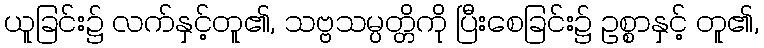
ယူခြင်း၌ လက်နှင့်တူ၏, သဗ္ဗသမ္ပတ္တိကို ပြီးစေခြင်း၌ ဥစ္စာနှင့် တူ၏,